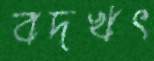
বদখৎ